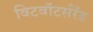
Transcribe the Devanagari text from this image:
विटवॉटर्सरँड